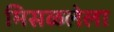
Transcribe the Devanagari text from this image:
मिसळलेला